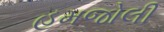
હમજોલી